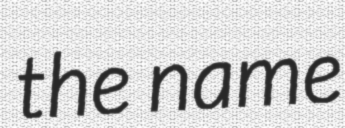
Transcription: the name